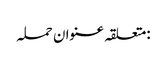
:متعلقہ عنوان حملہ